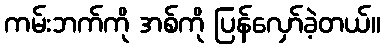
ကမ်းဘက်ကို အစ်ကို ပြန်လှော်ခဲ့တယ်။